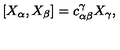
[ X _ { \alpha } , X _ { \beta } ] = c _ { \alpha \beta } ^ { \gamma } X _ { \gamma } ,